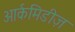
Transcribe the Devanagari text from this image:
आर्कमिडीज़